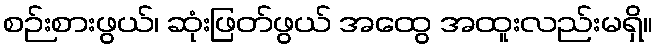
စဉ်းစားဖွယ်၊ ဆုံးဖြတ်ဖွယ် အထွေ အထူးလည်းမရှိ။